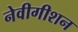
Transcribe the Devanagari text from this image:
नेवीगीशन